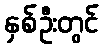
နှစ်ဦးတွင်